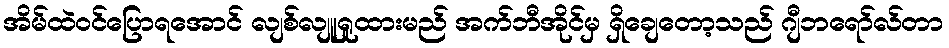
အိမ်ထဲဝင်ပြောရအောင် လျစ်လျူရှုထားမည် အက်ဘီအိုင်မှ ရှိချေတော့သည် ဂျီဘရော်လ်တာ